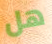
هل